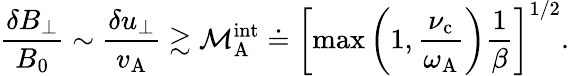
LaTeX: \frac{\delta B_{\perp}}{B_{0}}\sim\frac{\delta u_{\perp}}{v_{\mathrm{A}}}\gtrsim\mathcal{M}_{\mathrm{A}}^{\mathrm{int}}\doteq\left[\operatorname*{max}\left(1,\frac{\nu_{\mathrm{c}}}{\omega_{\mathrm{A}}}\right)\frac{1}{\beta}\right]^{1/2}.